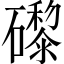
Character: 𥗍